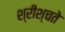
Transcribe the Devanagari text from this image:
श्रीश्चते